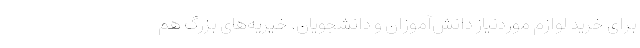
برای خرید لوازم موردنیاز دانش‌آموزان و دانشجویان. خیریه‌های بزرگ هم